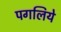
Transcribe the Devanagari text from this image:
पगलिये